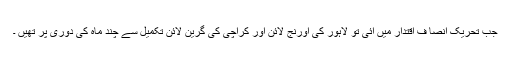
جب تحریک ِانصا ف اقتدار میں آئی تو لاہور کی اُورنج لائن اور کراچی کی گرین لائن تکمیل سے چند ماہ کی دوری پر تھیں ۔